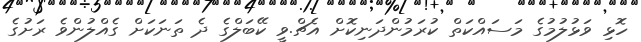
ހޮޅި ވަޅުލުމުގެ މަސައްކަތް ކުރަމުންދަނިކޮށް އެޗް.ވީ ކޭބަލްގެ ދެ ތަނަކަށް ގެއްލުންވެ ރަށުގެ